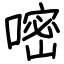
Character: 嘧